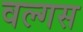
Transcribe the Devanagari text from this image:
वल्गस